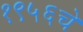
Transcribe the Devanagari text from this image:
१९५६चे